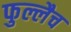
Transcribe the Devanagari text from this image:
फुल्लैच